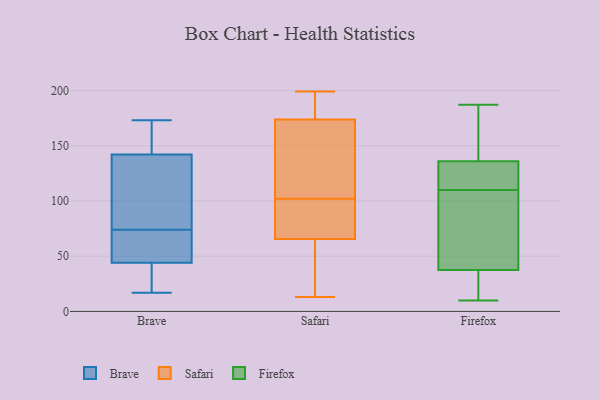
{"axis": {"x": "Churn Rate (%)", "y": "Value"}, "legend": ["Brave", "Firefox", "Safari"], "data": [{"x": "", "y": 30, "type": "Brave"}, {"x": "", "y": 78, "type": "Brave"}, {"x": "", "y": 45, "type": "Brave"}, {"x": "", "y": 44, "type": "Brave"}, {"x": "", "y": 147, "type": "Brave"}, {"x": "", "y": 72, "type": "Brave"}, {"x": "", "y": 143, "type": "Brave"}, {"x": "", "y": 76, "type": "Brave"}, {"x": "", "y": 48, "type": "Brave"}, {"x": "", "y": 23, "type": "Brave"}, {"x": "", "y": 142, "type": "Brave"}, {"x": "", "y": 99, "type": "Brave"}, {"x": "", "y": 173, "type": "Brave"}, {"x": "", "y": 17, "type": "Brave"}, {"x": "", "y": 167, "type": "Safari"}, {"x": "", "y": 43, "type": "Safari"}, {"x": "", "y": 65, "type": "Safari"}, {"x": "", "y": 199, "type": "Safari"}, {"x": "", "y": 176, "type": "Safari"}, {"x": "", "y": 102, "type": "Safari"}, {"x": "", "y": 99, "type": "Safari"}, {"x": "", "y": 65, "type": "Safari"}, {"x": "", "y": 177, "type": "Safari"}, {"x": "", "y": 13, "type": "Safari"}, {"x": "", "y": 158, "type": "Safari"}, {"x": "", "y": 36, "type": "Safari"}, {"x": "", "y": 93, "type": "Safari"}, {"x": "", "y": 134, "type": "Safari"}, {"x": "", "y": 181, "type": "Safari"}, {"x": "", "y": 128, "type": "Safari"}, {"x": "", "y": 67, "type": "Safari"}, {"x": "", "y": 102, "type": "Safari"}, {"x": "", "y": 186, "type": "Safari"}, {"x": "", "y": 138, "type": "Firefox"}, {"x": "", "y": 187, "type": "Firefox"}, {"x": "", "y": 44, "type": "Firefox"}, {"x": "", "y": 130, "type": "Firefox"}, {"x": "", "y": 33, "type": "Firefox"}, {"x": "", "y": 127, "type": "Firefox"}, {"x": "", "y": 10, "type": "Firefox"}, {"x": "", "y": 37, "type": "Firefox"}, {"x": "", "y": 63, "type": "Firefox"}, {"x": "", "y": 39, "type": "Firefox"}, {"x": "", "y": 164, "type": "Firefox"}, {"x": "", "y": 122, "type": "Firefox"}, {"x": "", "y": 110, "type": "Firefox"}, {"x": "", "y": 31, "type": "Firefox"}, {"x": "", "y": 27, "type": "Firefox"}, {"x": "", "y": 177, "type": "Firefox"}, {"x": "", "y": 114, "type": "Firefox"}, {"x": "", "y": 87, "type": "Firefox"}, {"x": "", "y": 153, "type": "Firefox"}]}